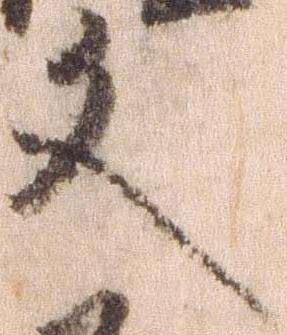
文